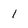
Character: 1